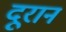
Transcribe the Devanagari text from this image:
दूरान